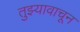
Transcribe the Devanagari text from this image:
तुझ्यावाचून